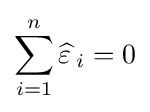
\sum _{i=1}^{n}{\widehat {\varepsilon \,}}_{i}=0